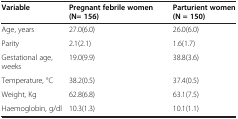
| Variable | Pregnant febrile women (N= 156) | Parturient women (N = 150) |
 | --- | --- | --- |
 | Age, years | 27.0(6.0) | 26.0(6.0) |
 | Parity | 2.1(2.1) | 1.6(1.7) |
 | Gestational age, weeks | 19.0(9.9) | 38.8(3.6) |
 | Temperature, °C | 38.2(0.5) | 37.4(0.5) |
 | Weight, Kg | 62.8(6.8) | 63.1(7.5) |
 | Haemoglobin, g/dl | 10.3(1.3) | 10.1(1.1) |